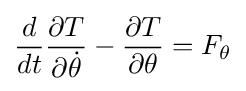
{\frac {d}{dt}}{\frac {\partial T}{\partial {\dot {\theta }}}}-{\frac {\partial T}{\partial \theta }}=F_{\theta }